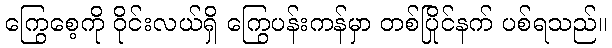
ကြွေစေ့ကို ဝိုင်းလယ်ရှိ ကြွေပန်းကန်မှာ တစ်ပြိုင်နက် ပစ်ရသည်။